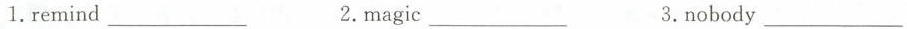
1.remind___ 2.magic___ 3.nobody___